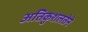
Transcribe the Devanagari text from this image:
अतिकुशलतेने